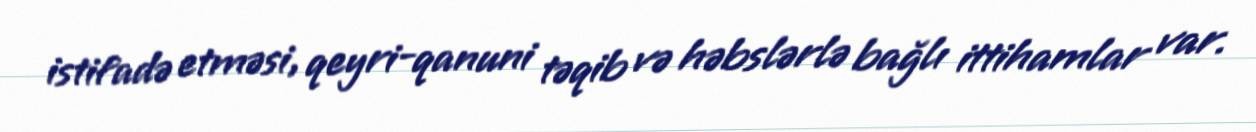
istifadə etməsi, qeyri-qanuni təqib və həbslərlə bağlı ittihamlar var.